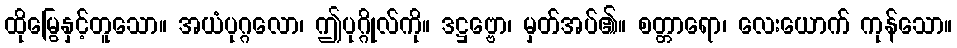
ထိုမြွေနှင့်တူသော။ အယံပုဂ္ဂလော၊ ဤပုဂ္ဂိုလ်ကို။ ဒဋ္ဌဗ္ဗော၊ မှတ်အပ်၏။ စတ္တာရော၊ လေးယောက် ကုန်သော။